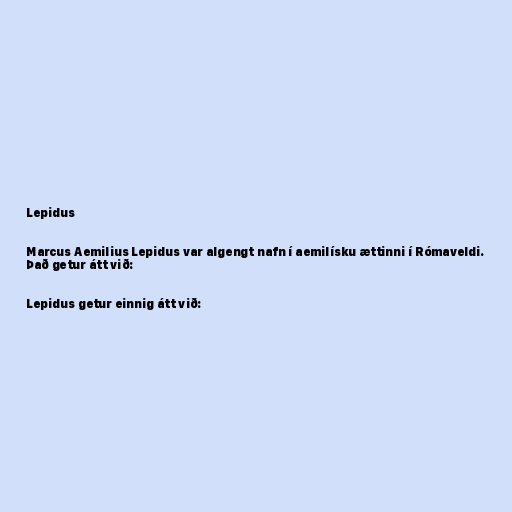
Lepidus

Marcus Aemilius Lepidus var algengt nafn í aemilísku ættinni í Rómaveldi.
Það getur átt við:

Lepidus getur einnig átt við: